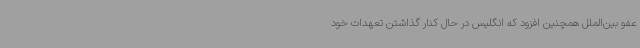
عفو بین‌الملل همچنین افزود که انگلیس در حال کنار گذاشتن تعهدات خود